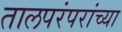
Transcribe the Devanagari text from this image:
तालपरंपरांच्या